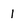
Character: 1